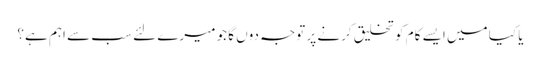
یا کیا میں ایسے کام کو تخلیق کرنے پر توجہ دوں گا جو میرے لئے سب سے اہم ہے؟